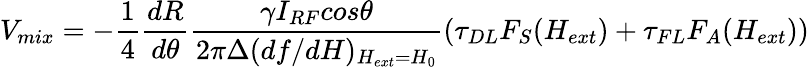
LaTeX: V_{mix}=-\frac{1}{4}\frac{dR}{d\theta}\frac{\gamma I_{RF}cos\theta}{2\pi\Delta(df/dH)_{H_{ext}=H_{0}}}(\tau_{DL}F_{S}(H_{ext})+\tau_{FL}F_{A}(H_{ext}))